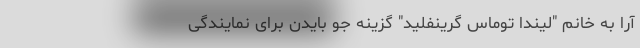
آرا به خانم "لیندا توماس گرینفلید"‌ گزینه جو بایدن برای نمایندگی